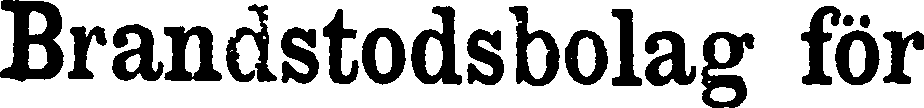
Brandstodsbolag för